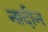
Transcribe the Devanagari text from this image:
नादीन